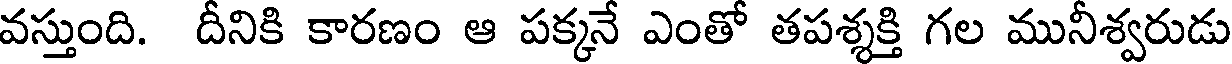
వస్తుంది. దీనికి కారణం ఆ పక్కనే ఎంతో తపశ్శక్తి గల మునీశ్వరుడు